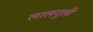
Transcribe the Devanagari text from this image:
लालगुली